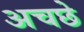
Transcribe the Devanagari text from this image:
अचछे